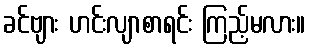
ခင်ဗျား ဟင်းလျာစာရင်း ကြည့်မလား။